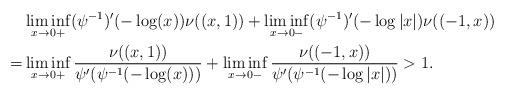
LaTeX: \begin{align*}&\liminf_{x\to 0+}(\psi^{-1})'(-\log(x))\nu((x,1))+\liminf_{x\to 0-}(\psi^{-1})'(-\log|x|)\nu((-1,x))\\=&\liminf_{x\to 0+}\frac{\nu((x,1))}{\psi'(\psi^{-1}(-\log(x)))}+\liminf_{x\to 0-}\frac{\nu((-1,x))}{\psi'(\psi^{-1}(-\log|x|))}>1.\end{align*}